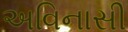
અવિનાસી